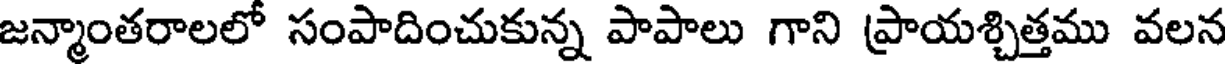
జన్మాంతరాలలో సంపాదించుకున్న పాపాలు గాని ప్రాయశ్చిత్తము వలన